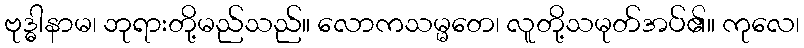
ဗုဒ္ဓါနာမ၊ ဘုရားတို့မည်သည်။ လောကသမ္မတေ၊ လူတို့သမုတ်အပ်၏။ ကုလေ၊